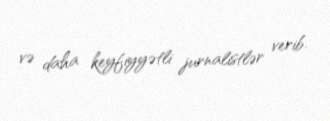
və daha keyfiyyətli jurnalistlər verib.